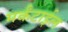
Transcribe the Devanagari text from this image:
मर्कंटाईल